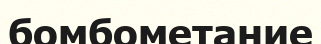
бомбометание